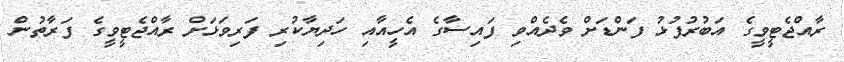
ރާއްޖެޓީވީގެ އަބުރުފުޅު ފަންޑަށް ވެދެއްވި ފައިސާގެ އެހީއާއި ހަދިޔާކުރި ފަރިވަޅަށް ރާއްޖެޓީވީގެ ފަރާތުން